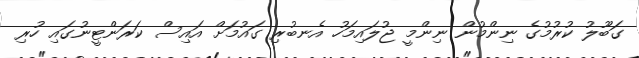
ގަބޫލު ކުރުމުގެ ނިންމުން ނިންމީ ޖުލައިމަހު އެނބުރި ގައުމަށް އައިސް ކަަރަންޓީނުގައި ހުރި